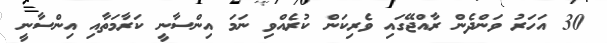
30 އަހަރު ވަންދެން ރާއްޖޭގައި ވެރިކަން ކުރެއްވި ނަމަ އިންސާނީ ކަރާމަތާއި އިންސާނީ